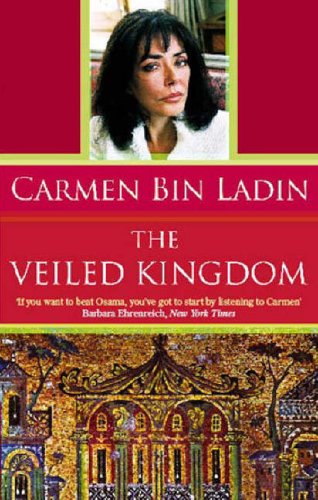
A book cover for The Veiled Kingdom; Carmen Bin Ladin; Travel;